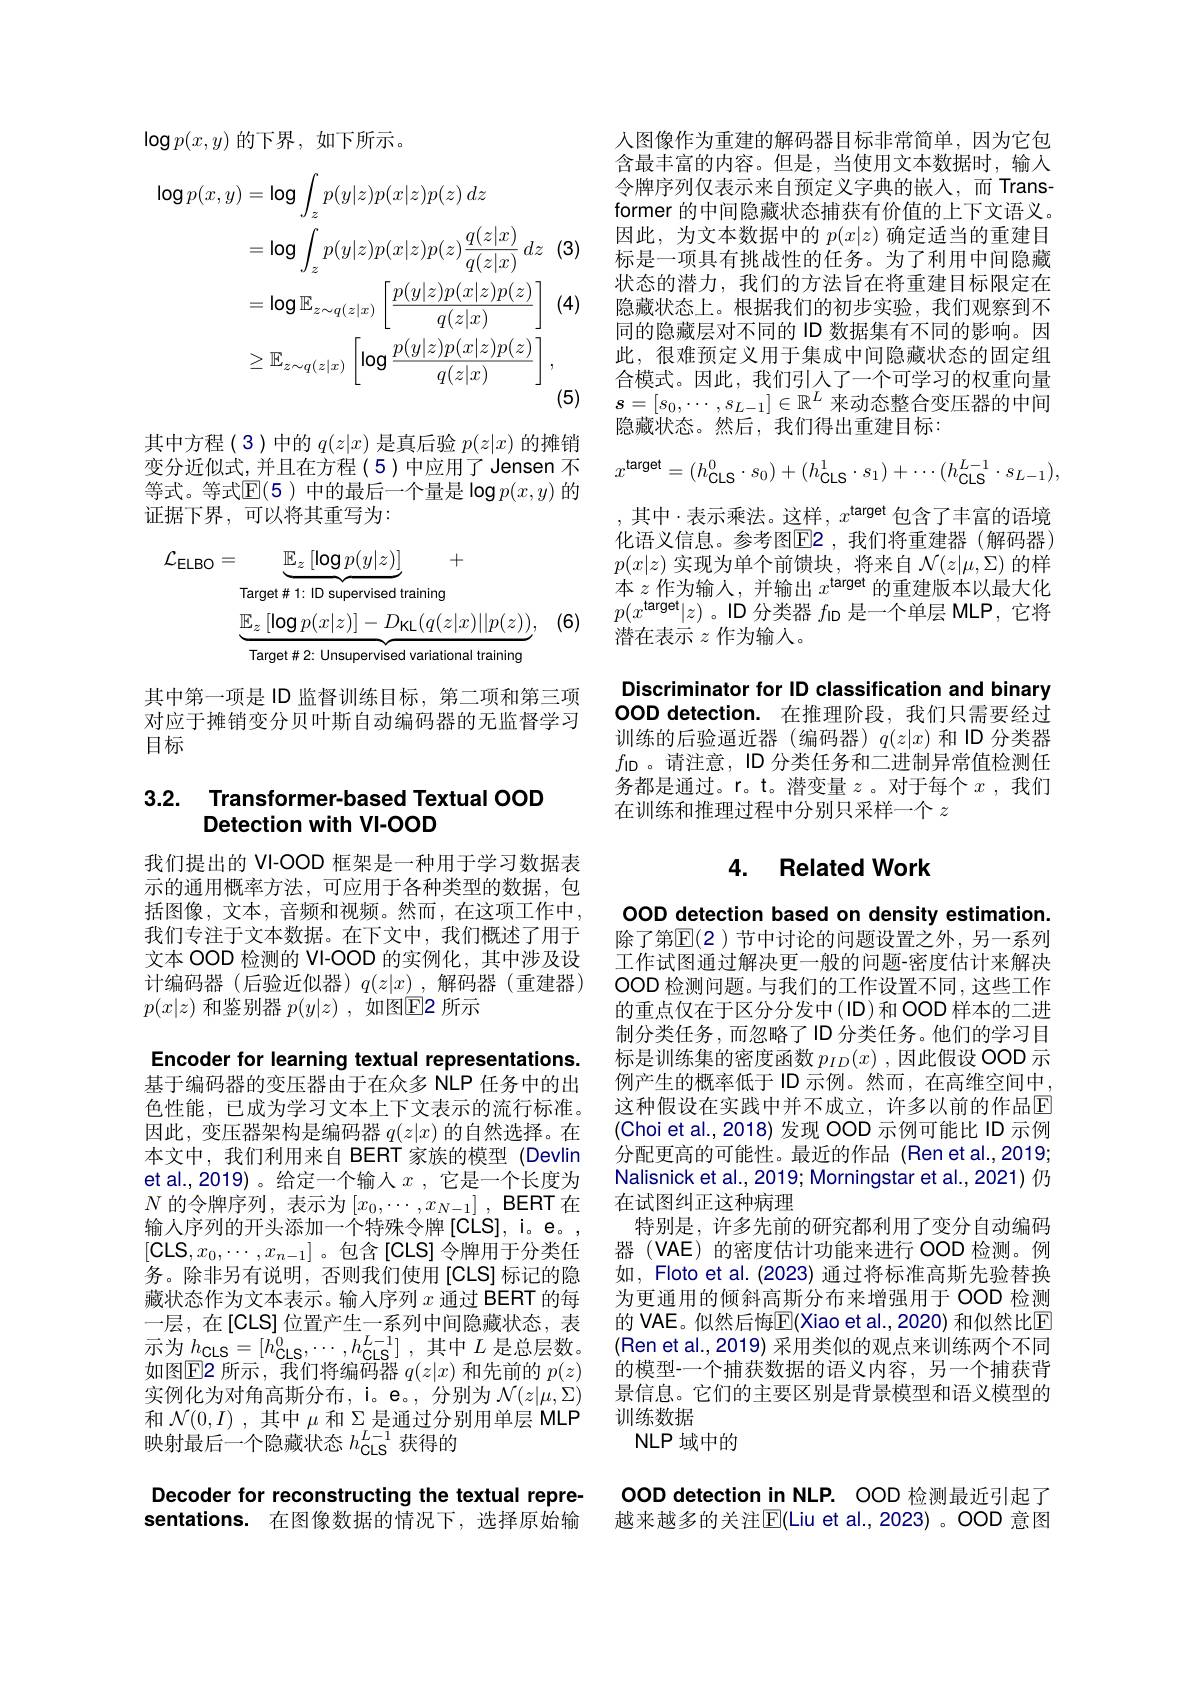
Decoder for reconstructing the textual representations. 在图像数据的情况下，选择原始输

$\log p(x,y)$的下界，如下所示。
$$\begin{aligned}\log p(x,y)&=\log\int_{z}p(y|z)p(x|z)p(z)\:dz\\&=\log\int_{z}p(y|z)p(x|z)p(z)\frac{q(z|x)}{q(z|x)}\:dz\:(\\&=\log\mathbb{E}_{z\sim q(z|x)}\left[\frac{p(y|z)p(x|z)p(z)}{q(z|x)}\right]\\&\geq\mathbb{E}_{z\sim q(z|x)}\left[\log\frac{p(y|z)p(x|z)p(z)}{q(z|x)}\right],\end{aligned}$$
(5)

隐藏状态。然后，我们得出重建目标：
其中方程(3)中的$q(z|x)$是真后验$p(z|x)$的摊销变分近似式，并且在方程(5)中应用了Jensen 不

人图像作为重建的解码器目标非常简单，因为它包含最丰富的内容。但是，当使用文本数据时，输入令牌序列仅表示来自预定义字典的嵌入，而 Transformer 的中间隐藏状态捕获有价值的上下文语义。因此，为文本数据中的$p(x|z)$确定适当的重建目标是一项具有挑战性的任务。为了利用中间隐藏状态的潜力，我们的方法旨在将重建目标限定在隐藏状态上。根据我们的初步实验，我们观察到不同的隐藏层对不同的 ID 数据集有不同的影响。因此，很难预定义用于集成中间隐藏状态的固定组合模式。因此，我们引人了一个可学习的权重向量$s=[s_0,\cdots,s_{L-1}]\in\mathbb{R}^L$来动态整合变压器的中间
$$x^{\mathrm{target}}=(h_{\mathrm{CLS}}^{0}\cdot s_{0})+(h_{\mathrm{CLS}}^{1}\cdot s_{1})+\cdots(h_{\mathrm{CLS}}^{L-1}\cdot s_{L-1}),$$
,其中$\cdot$表示乘法。这样$,x^\textbf{target}$包含了丰富的语境化语义信息。参考图$\operatorname{E2}$ ,我们将重建器 (解码器) $p(x|z)$实现为单个前馈块，将来自$\mathcal{N}(z|\mu,\Sigma)$的样本$z$作为输人，并输出$x^\text{target}$的重建版本以最大化$p(x^{\mathrm{target}}|z)$。ID 分类器$f_\mathrm{ID}$是一个单层 MLP,它将潜在表示$z$作为输入。
Discriminator for ID classification and binary OOD detection. 在推理阶段，我们只需要经过训练的后验逼近器(编码器)$q(z|x)$和 ID 分类器

等式。等式$\mathbb{E}(5)$ 中的最后一个量是 log$p(x,y)$ 的
证据下界，可以将其重写为：
$$\begin{aligned}\mathcal{L}_{\mathrm{ELBO}}&=\underbrace{\mathbb{E}_{z}\left[\log p(y|z)\right]}_{\text{Target}\#1:\text{ID supervised training}}+\\&\underbrace{\mathbb{E}_{z}\left[\log p(x|z)\right]-D_{\mathrm{KL}}(q(z|x)||p(z))}_{\text{Target}\#2:\text{Unsupervised variational training}},\end{aligned}$$
(6)

其中第一项是 ID 监督训练目标，第二项和第三项对应于摊销变分贝叶斯自动编码器的无监督学习目标

### 3.2. Transformer-based Textual OOD Detection with VI-OOD

我们提出的 VI-OOD 框架是一种用于学习数据表示的通用概率方法，可应用于各种类型的数据，包括图像，文本，音频和视频。然而，在这项工作中， 我们专注于文本数据。在下文中，我们概述了用于文本 OOD 检测的 VI-OOD 的实例化，其中涉及设计编码器(后验近似器)$q(z|x)$,解码器(重建器) $p(x|z)$和鉴别器$p(y|z)$,如图E2 所示

Encoder for learning textual representations.

OOD detection based on density estimation. 除了第$\mathbb{E}(2)$ 节中讨论的问题设置之外，另一系列工作试图通过解决更一般的问题-密度估计来解决OOD 检测问题。与我们的工作设置不同，这些工作的重点仅在于区分分发中(ID)和OOD 样本的二进制分类任务，而忽略了ID 分类任务。他们的学习目标是训练集的密度函数$p_{ID}(x)$,因此假设 OOD 示例产生的概率低于 ID 示例。然而，在高维空间中这种假设在实践中并不成立，许多以前的作品$\overline{\mathrm{E}}$ (Choi et al., 2018) 发现 OOD 示例可能比 ID 示例分配更高的可能性。最近的作品 (Ren et al.,2019; Nalisnick et al., 2019; Morningstar et al., 2021) 仍在试图纠正这种病理
特别是，许多先前的研究都利用了变分自动编码器(VAE)的密度估计功能来进行 OOD 检测。例如，Floto et al. (2023) 通过将标准高斯先验替换为更通用的倾斜高斯分布来增强用于 OOD 检测的 VAE。似然后悔$\mathbb{E}($Xiao et al.,2020) 和似然比$\mathbb{E}$ (Ren et al., 2019) 采用类似的观点来训练两个不同的模型-一个捕获数据的语义内容，另一个捕获背景信息。它们的主要区别是背景模型和语义模型的训练数据
NLP 域中的

基于编码器的变压器由于在众多 NLP 任务中的出色性能，已成为学习文本上下文表示的流行标准。因此，变压器架构是编码器$q(z|x)$的自然选择。在本文中，我们利用来自 BERT 家族的模型 (Devlin et al.,2019)。给定一个输入$x$ ,它是一个长度为$N$ 的令牌序列，表示为$\left[x_0,\cdots,x_{N-1}\right]$,BERT在输人序列的开头添加一个特殊令牌[CLS], i。e。$[\mathsf{CLS},x_0,\cdots,x_{n-1}]$。包含[CLS]令牌用于分类任务。除非另有说明，否则我们使用[CLS]标记的隐藏状态作为文本表示。输人序列$x$通过 BERT 的每一层，在[CLS]位置产生一系列中间隐藏状态，表示为$h_{\mathrm{CLS}}= [ h_{\mathrm{CLS}}^{0}, \cdots , h_{\mathrm{CLS}}^{L- 1}]$ ,其中$L$是总层数。如图$\operatorname{E\text{2 所示，我们将编码器 }q}(z|x)$ 和先前的 $p(z)$ 实例化为对角高斯分布，i。e。,分别为$\mathcal{N}(z|\mu,\Sigma)$ 和$\mathcal{N}(0,I)$ ,其中$\mu$和$\Sigma_{I_1}$是通过分别用单层 MLP 映射最后一个隐藏状态$h_\mathrm{CLS}^{L-1}$获得的

$f_{\mathrm{ID}}$ 。请注意，ID 分类任务和二进制异常值检测任务都是通过。r。t。潜变量$z$ 。对于每个$x$ ,我们在训练和推理过程中分别只采样一个$z$

## 4. Related Work

OOD detection in NLP. OOD 检测最近引起了越来越多的关注$\overline{\mathbb{E}}($Liu et al.,2023)。OOD 意图